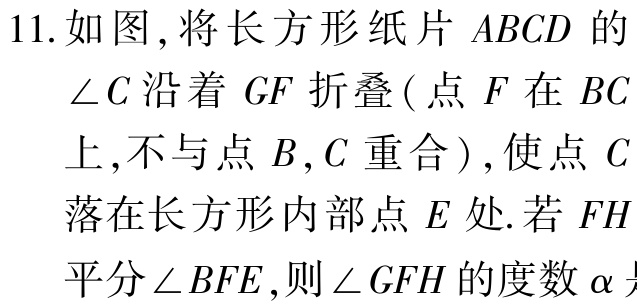
11.如图,将长方形纸片 \(ABCD\) 的\(\angle C\)沿着 \(GF\) 折叠(点 \(F\) 在 \(BC\)上,不与点 \(B,C\) 重合),使点 \(C\)落在长方形内部点 \(E\) 处.若 \(FH\)平分\(\angle BFE\),则\(\angle GFH\)的度数\(\alpha\)